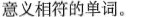
意义相符的单词。